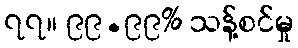
၇၇။ ၉၉.၉၉% သန့်စင်မှု